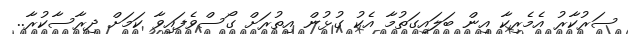
ސަރުކާރު އެމެރިކާ އިން ބަލައިގަތުމާ އެކު ގުޅުން އިތުރަށް ގޯސްވެފައިވާ ކަމަށް ދިރާސާކުރާ..